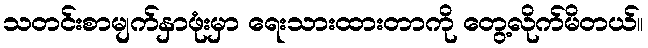
သတင်းစာမျက်နှာဖုံးမှာ ရေးသားထားတာကို တွေ့လိုက်မိတယ်။